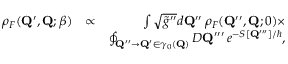
\begin{array} { r l r } { \rho _ { F } ( \mathbf { Q } ^ { \prime } , \mathbf { Q } ; \beta ) } & { \propto } & { \int \sqrt { \tilde { g } ^ { \prime \prime } } d \mathbf { Q } ^ { \prime \prime } \, \rho _ { F } ( \mathbf { Q } ^ { \prime \prime } , \mathbf { Q } ; 0 ) \times } \\ & { } & { \oint _ { \mathbf { Q } ^ { \prime \prime } \to \mathbf { Q } ^ { \prime } \in \gamma _ { 0 } ( \mathbf { Q } ) } { \cal D } \mathbf { Q } ^ { \prime \prime \prime } \, e ^ { - S [ \mathbf { Q } ^ { \prime \prime \prime } ] / \hbar } , } \end{array}